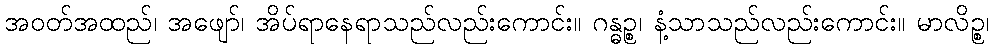
အဝတ်အထည်၊ အဖျော်၊ အိပ်ရာနေရာသည်လည်းကောင်း။ ဂန္ဓဉ္စ၊ နံ့သာသည်လည်းကောင်း။ မာလိဉ္စ၊